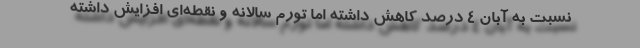
نسبت به آبان 4 درصد كاهش داشته اما تورم سالانه و نقطه‌اي افزايش داشته